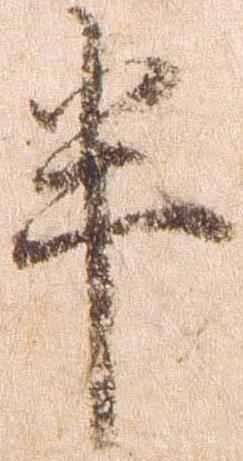
半